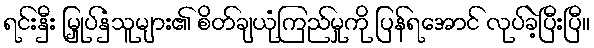
ရင်းနှီး မြှုပ်နှံသူများ၏ စိတ်ချယုံကြည်မှုကို ပြန်ရအောင် လုပ်ခဲ့ပြီးပြီ။